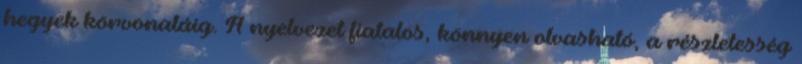
hegyek körvonaláig. A nyelvezet fiatalos, könnyen olvasható, a részletesség